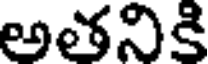
అతనికి